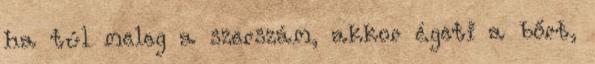
ha túl meleg a szerszám, akkor égeti a bőrt,